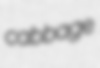
cabbage